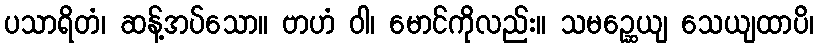
ပသာရိတံ၊ ဆန့်အပ်သော။ ဗာဟံ ဝါ၊ မောင်ကိုလည်း။ သမဉ္ဆေယျ သေယျထာပိ၊